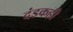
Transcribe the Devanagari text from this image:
दंडकही